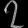
Digit: ၇